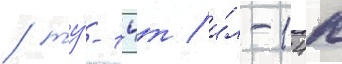
/ ту́-14т / и́л-14п